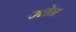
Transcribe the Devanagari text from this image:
उलेन